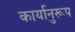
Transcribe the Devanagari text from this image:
कार्यानुरूप